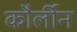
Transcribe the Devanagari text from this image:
कौर्लीन